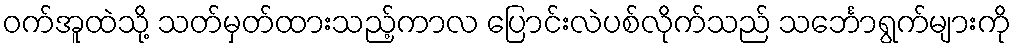
ဝက်အူထဲသို့ သတ်မှတ်ထားသည့်ကာလ ပြောင်းလဲပစ်လိုက်သည် သင်္ဘောရွက်များကို